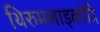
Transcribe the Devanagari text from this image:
थिरुमलाइकोदि